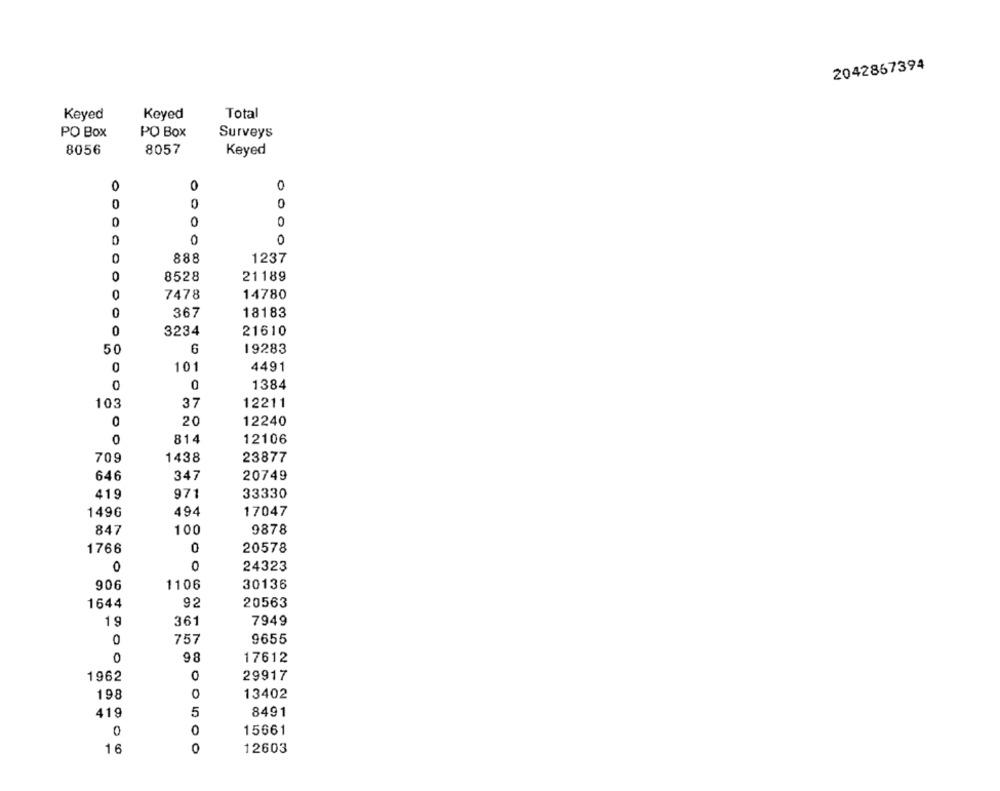
2042867394
Keyed
Keyed
Total
PO Box
PO Box
Surveys
8056
8057
Keyed
0
0
0
0
0
0
0
0
0
0
0
0
888
1237
0
8528
21189
0
7478
14780
0
367
18183
0
3234
21610
50
6
19283
0
101
4491
0
1384
103
37
12211
0
20
12240
0
814
12106
709
1438
23877
20749
646
347
419
971
33330
1496
494
17047
847
100
9878
0
1766
20578
0
0
24323
906
30136
1106
1644
92
20563
19
361
7949
0
757
9655
0
98
17612
1962
0
29917
198
0
13402
419
5
8491
0
0
15661
16
0
12603